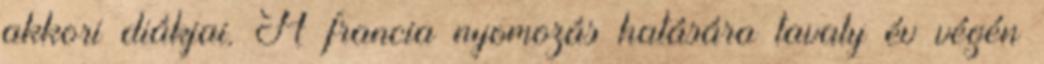
akkori diákjai. A francia nyomozás hatására tavaly év végén